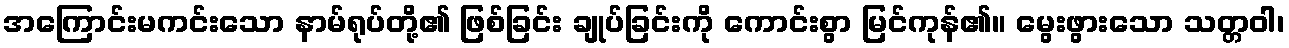
အကြောင်းမကင်းသော နာမ်ရုပ်တို့၏ ဖြစ်ခြင်း ချုပ်ခြင်းကို ကောင်းစွာ မြင်ကုန်၏။ မွေးဖွားသော သတ္တဝါ၊